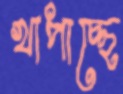
খাপাচ্ছে